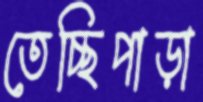
তেচ্ছিপাড়া